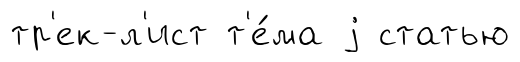
тр'ек-л'ист т'е́ма j статью